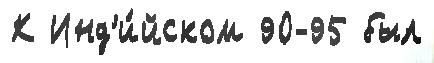
К Инд'и́йском 90-95 был